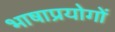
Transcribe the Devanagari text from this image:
भाषाप्रयोगों